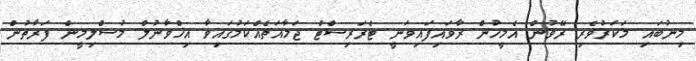
މިނުބައި މަކަރުވެރި ރޭވުން އެމީހުން ރާވައިފައިވަނީ ޓެރަރިސްޓް ޖަމާއަތެއްކަމުގައިވާ އިޚްވާނުލް މުސްލިމީން ފަރާތުން